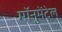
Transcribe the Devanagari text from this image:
मॉनुमेंटेल